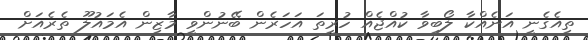
ތިއެގެނީ އަނެއްކާ ލޯބިވާ ކުއްޖެއް ހުރީތަ އަހަރެން ބޭނުންވީ މާޒިން އެމައުލޫ ތެރެއަށް